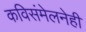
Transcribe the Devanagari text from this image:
कविसंमेलनेही